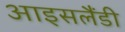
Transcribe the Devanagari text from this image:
आइसलैंडी